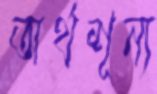
অর্থশূন্য